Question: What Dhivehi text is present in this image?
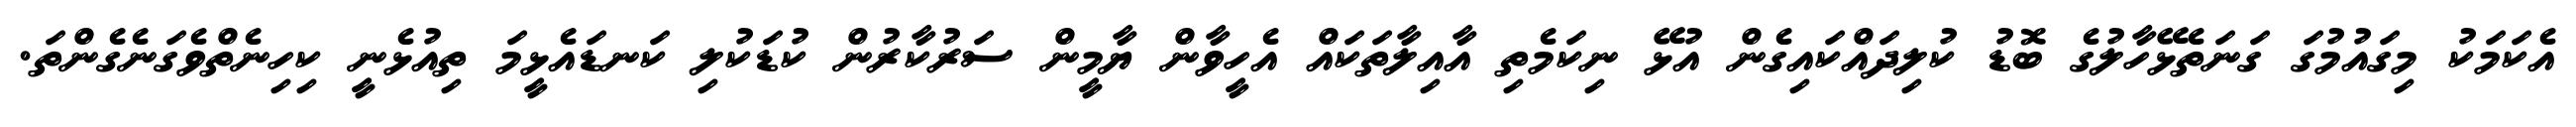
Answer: އެކަމަކު މިގައުމުގަ ގަނަތެޅޭހާލުގެ ބޮޑު ކުލިދައްކައިގެން އުޅޭ ނިކަމެތި އާއިލާތަކައް އެހީވާން ޔާމީން ސަރުކާރުން ކުޑަކުލި ކަނޑައެޅީމަ ތިއުޅެނީ ކިހިނެތްވެގަނެގެންތަ.